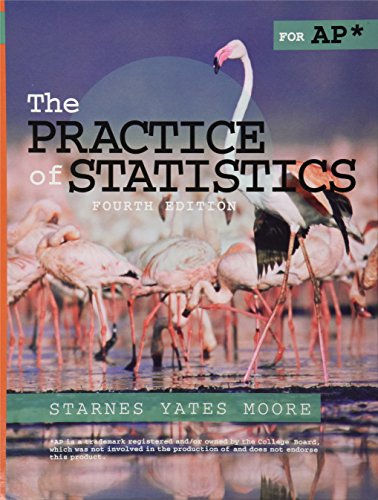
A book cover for The Practice of Statistics; Daren S. Starnes; Science & Math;